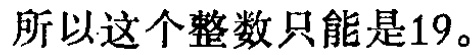
所以这个整数只能是19。